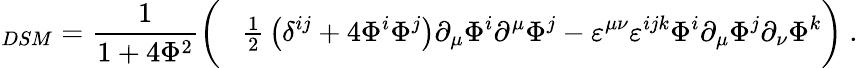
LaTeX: \! \! \! \! {\cal L}_{DSM}=\frac 1{1+4{\Phi}^{2}}\left(\phantom{\frac II}\! {\textstyle\frac 12}\left(\delta^{ij}+4\Phi^{i}\Phi^{j}\right)\partial_{\mu}\Phi^{i}\partial^{\mu}\Phi^{j}-\varepsilon^{\mu\nu}\varepsilon^{ijk}\Phi^{i}\partial_{\mu}\Phi^{j}\partial_{\nu}\Phi^{k}\right)~.